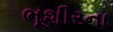
ભૂશીરના